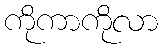
ကိုကာကိုလာ